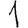
Digit: 1